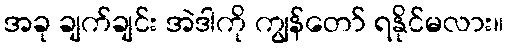
အခု ချက်ချင်း အဲဒါကို ကျွန်တော် ရနိုင်မလား။